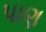
પાણ